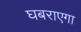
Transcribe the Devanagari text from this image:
घबराएगा